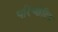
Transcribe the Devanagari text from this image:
परिच्छेदिक